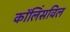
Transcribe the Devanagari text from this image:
कॉलिंसविल